Plague in India, 1896, 1897 - Volume 1
Year: 1896
Disease focus: Plague
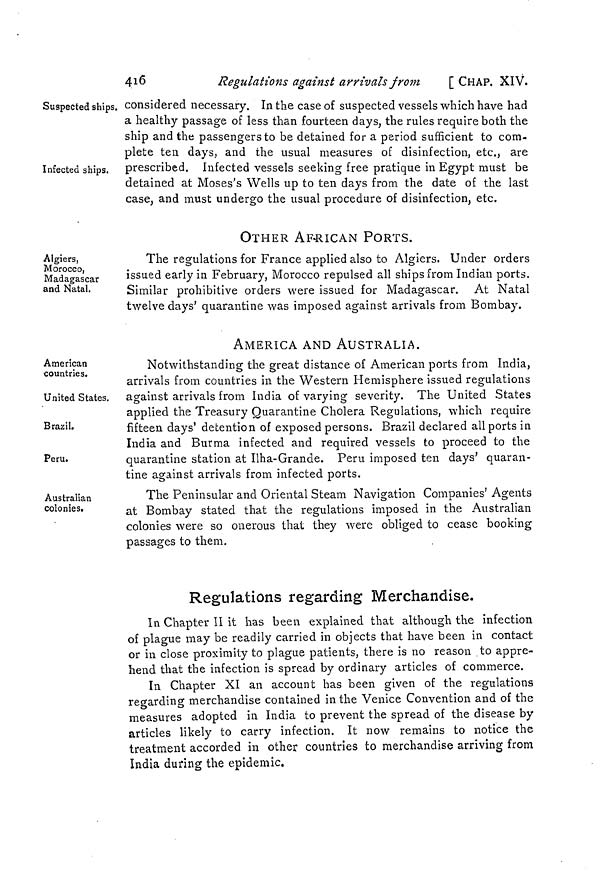
416
Regulations against arrivals from [ CHAP. XIV.
Suspected ships. considered necessary. In the case of suspected vessels which have had
a healthy passage of less than fourteen days, the rules require both the
ship and the passengers to be detained for a period sufficient to com-
plete ten days, and the usual measures of disinfection, etc., are
Infected ships. prescribed. Infected vessels seeking free pratique in Egypt must be
detained at Moses's Wells up to ten days from the date of the last
case, and must undergo the usual procedure of disinfection, etc.
OTHER AFRICAN PORTS.
Algiers,
Morocco,
Madagascar
and Natal.
The regulations for France applied also to Algiers. Under orders
issued early in February, Morocco repulsed all ships from Indian ports.
Similar prohibitive orders were issued for Madagascar. At Natal
twelve days' quarantine was imposed against arrivals from Bombay.
AMERICA AND AUSTRALIA.
American
countries.
Notwithstanding the great distance of American ports from India,
arrivals from countries in the Western Hemisphere issued regulations
United States.
against arrivals from India or varying severity, The United States
applied the Treasury Quarantine Cholera Regulations, which require
Brazil.
fifteen days' detention of exposed persons. Brazil declared all ports in
India and Burma infected and required vessels to proceed to the
Peru.
quarantine station at Ilha-Grande. Peru imposed ten days' quaran-
tine against arrivals from infected ports.
Australian
colonies.
The Peninsular and Oriental Steam Navigation Companies' Agents
at Bombay stated that the regulations imposed in the Australian
colonies were so onerous that they were obliged to cease booking
passages to them.
Regulations regarding Merchandise.
In Chapter II it has been explained that although the infection
of plague may be readily carried in objects that have been in contact
or in close proximity to plague patients, there is no reason to appre-
hend that the infection is spread by ordinary articles of commerce.
In Chapter XI an account has been given of the regulations
regarding merchandise contained in the Venice Convention and of the
measures adopted in India to prevent the spread of the disease by
articles likely to carry infection. It now remains to notice the
treatment accorded in other countries to merchandise arriving from
India during the epidemic.